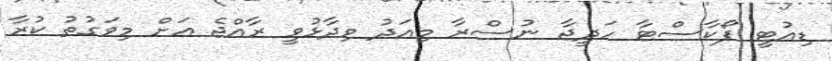
ޑިއުޓީ ފޯކާސްޓާ ހަދީޖާ ނުސްރާ މިއަދު ވިދާޅުވީ ރާއްޖެ އަށް މިވަގުތު ކުރާ